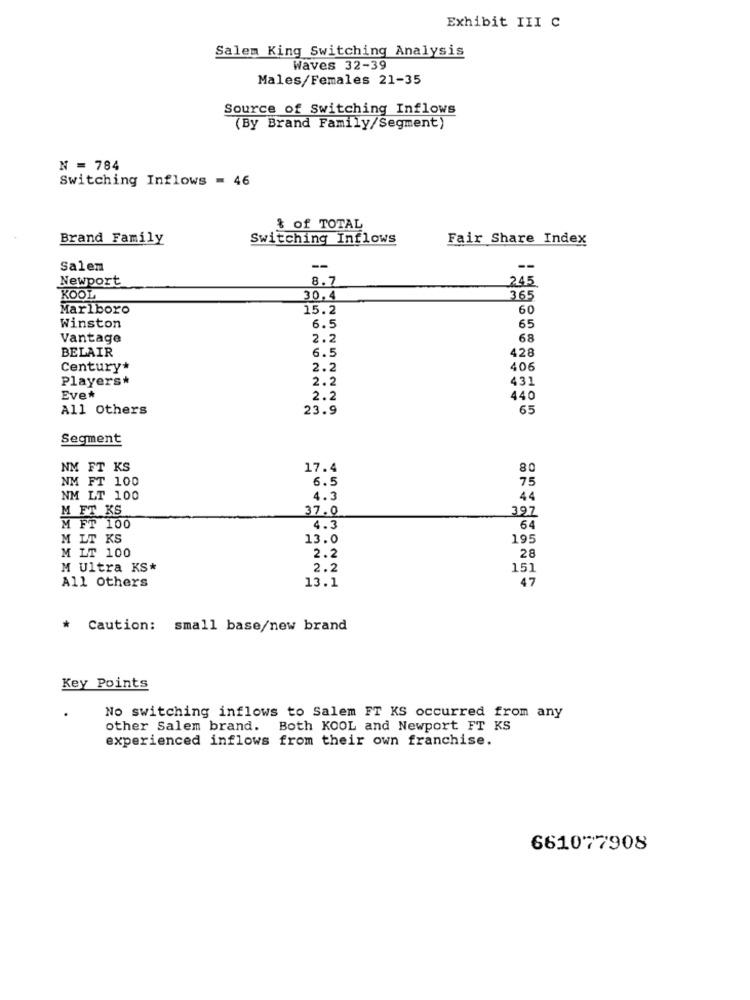
Exhibit III C
Salem King Switching Analysis
Waves 32-39
Males/Females 21-35
Source of Switching Inflows
(By Brand Family/Segment)
N = 784
Switching Inflows = 46
& of TOTAL
Brand Family
Switching Inflows
Fair Share Index
Salem
--
--
Newport
8.7
245
KOOL
30.4
365
Marlboro
15.2
60
Winston
6.5
65
Vantage
2.2
68
BELAIR
6.5
428
Century*
2.2
406
Players*
2.2
431
Eve*
2.2
440
All Others
23.9
65
Segment
NM FT KS
17.4
80
NM FT 100
6.5
75
NM LT 100
4.3
44
M FT KS
37.0
397
M FT 100
4.3
64
M LT KS
13.0
195
M LT 100
2.2
28
M Ultra KS*
2.2
151
All Others
13.1
47
Caution:
small base/new brand
Key Points
No switching inflows to Salem FT KS occurred from any
other Salem brand. Both KOOL and Newport FT KS
experienced inflows from their own franchise.
661077908